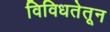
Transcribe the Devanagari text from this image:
विविधतेतून